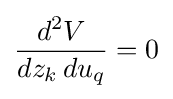
{\frac {d^{2}V}{dz_{k}\,du_{q}}}=0